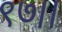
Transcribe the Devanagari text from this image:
९७।।